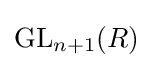
\operatorname {GL} _{n+1}(R)